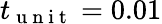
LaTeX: t_{\mathrm{~u~n~i~t~}}=0.01